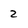
Character: 2